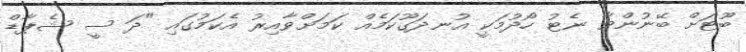
ބޫޓަށް ބޭނުންވާ ނެޓު ހޯދުމަކީ އުނދަގޫކަމެއް ކަމަށްވާއިރު އެކަމުގައި "ދަ ސީ ޝެޕާޑް